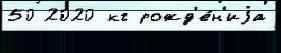
50 2020 кг рожд'е́н'иjа